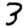
Digit: 3